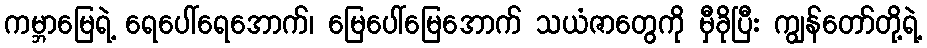
ကမ္ဘာမြေရဲ့ ရေပေါ်ရေအောက်၊ မြေပေါ်မြေအောက် သယံဇာတွေကို မှီခိုပြီး ကျွန်တော်တို့ရဲ့